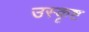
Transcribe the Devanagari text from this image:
उस्कृष्ट